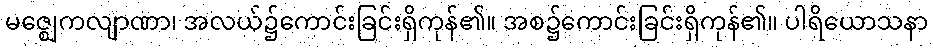
မဇ္ဈေကလျာဏာ၊ အလယ်၌ကောင်းခြင်းရှိကုန်၏။ အစ၌ကောင်းခြင်းရှိကုန်၏။ ပါရိယောသနာ